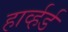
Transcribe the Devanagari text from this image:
हार्व्हर्ड